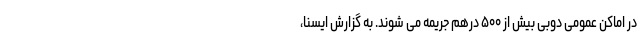
در اماکن عمومی دوبی بیش از ۵۰۰ درهم جریمه می شوند. به گزارش ایسنا،